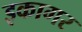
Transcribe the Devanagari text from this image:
इकागर